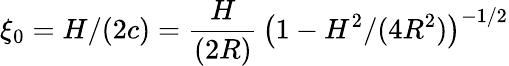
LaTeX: \xi_{0}=H/(2c)=\frac{H}{(2R)}\, \big(1-H^{2}/(4R^{2})\big)^{-1/2}